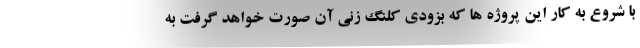
با شروع به كار اين پروژه ها كه بزودي كلنگ زني آن صورت خواهد گرفت به